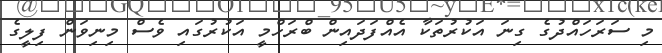
މި ސަރަހައްދުގެ ގިނަ އަކުރުތަކާ އެއްފަދައިން ބްރަހްމީ އަކުރުގައި ވެސް މިނިވަން ފިލީގެ